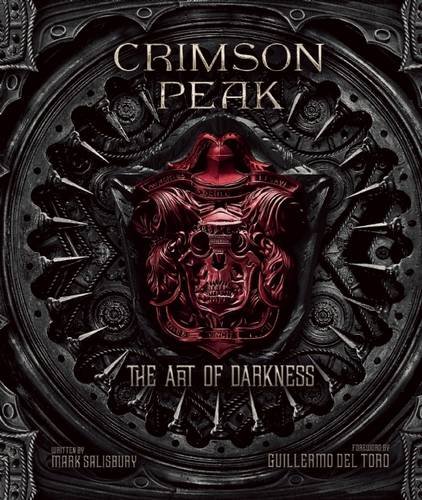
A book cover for Crimson Peak: The Art of Darkness; Mark Salisbury; Humor & Entertainment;